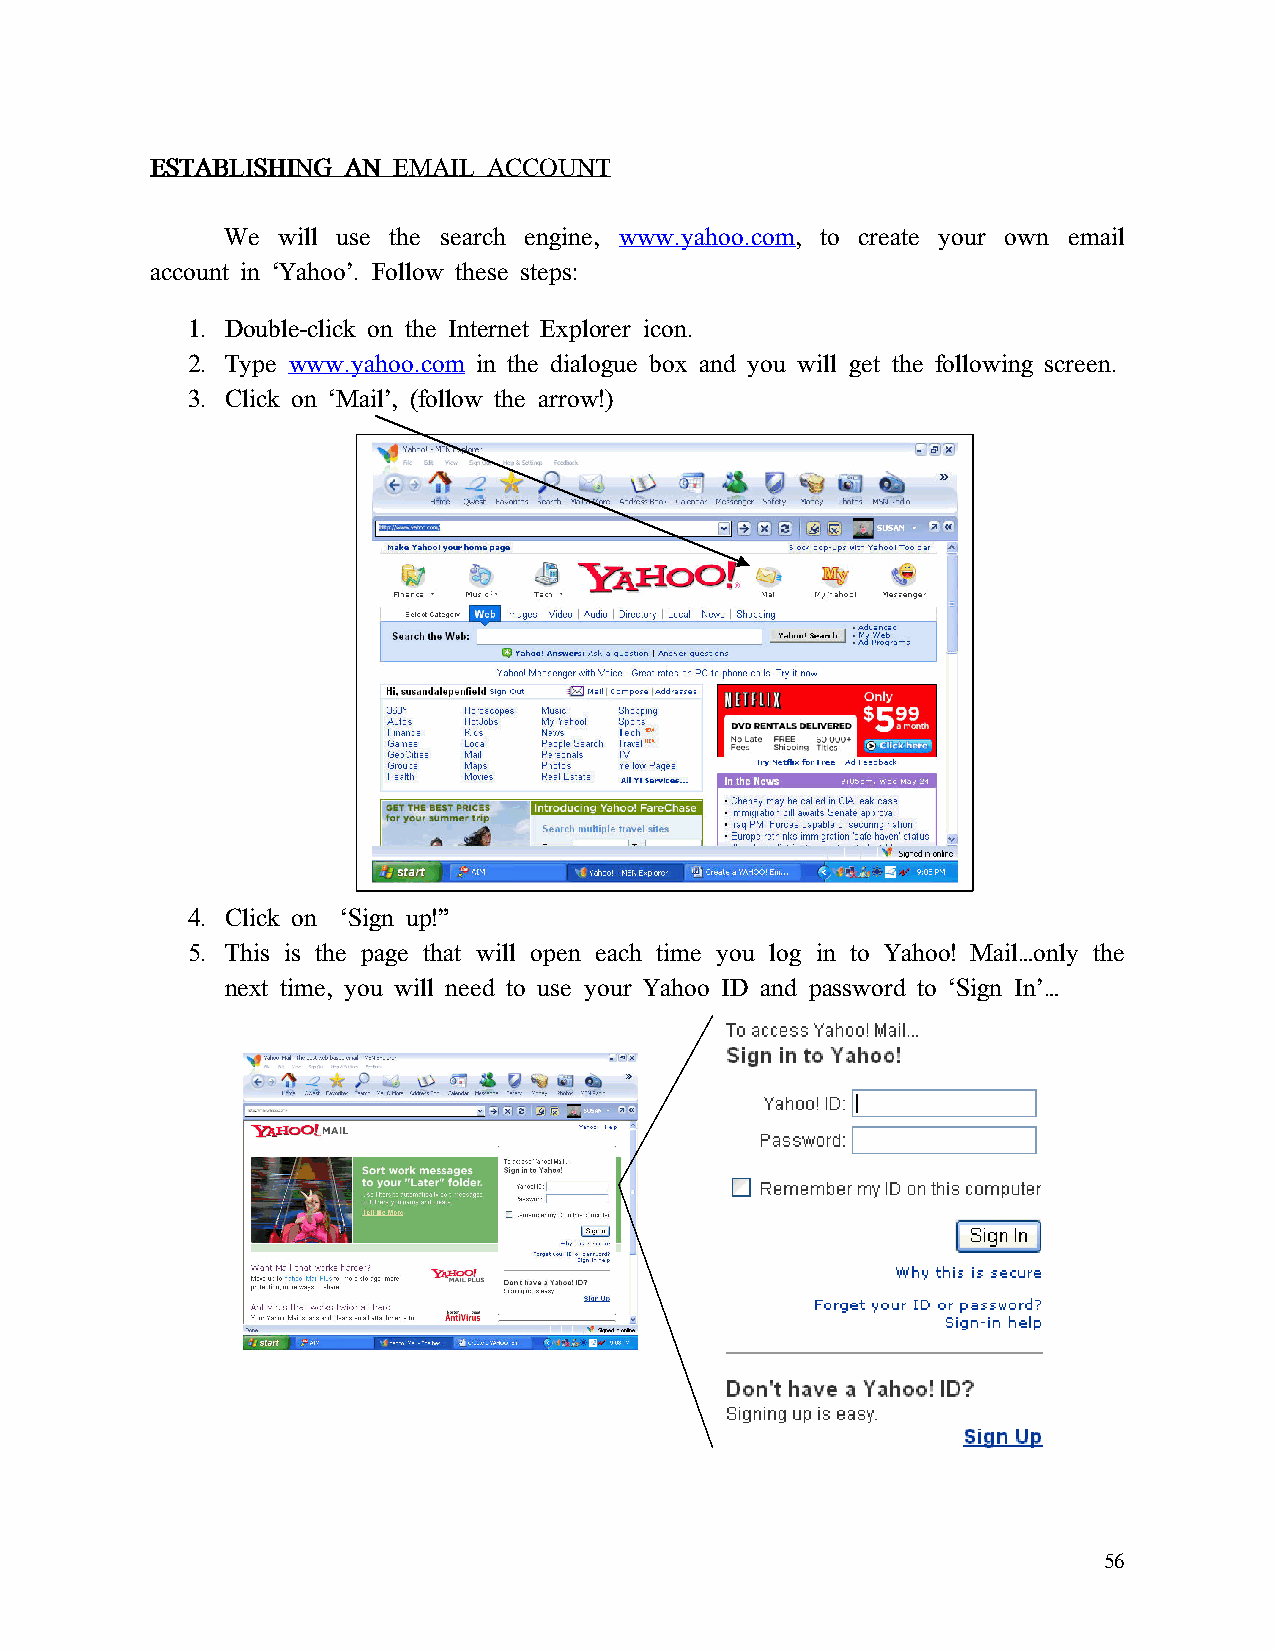
EEEESSSSTTTTAAAABBBBLLLLIIIISSSSHHHHIIIINNNNGGGG AAAANNNN EEEEMMMMAAAAIIIILLLL AAAACCCCCCCCOOOOUUUUNNNNTTTT
 We will use the search engine, www.yahoo.com, to create your own email
 account in ‘Yahoo’. Follow these steps:
 1. Double-click on the Internet Explorer icon.
 2. Type www.yahoo.com in the dialogue box and you will get the following screen.
 3. Click on ‘Mail’, (follow the arrow!)
 4. Click on ‘Sign up!”
 5. This is the page that will open each time you log in to Yahoo! Mail…only the
 next time, you will need to use your Yahoo ID and password to ‘Sign In’…
 56